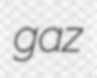
gaz